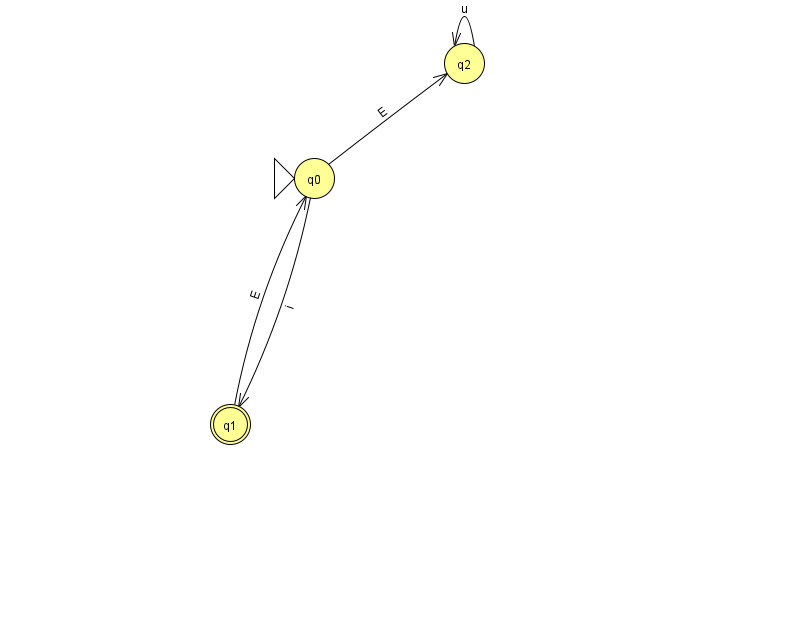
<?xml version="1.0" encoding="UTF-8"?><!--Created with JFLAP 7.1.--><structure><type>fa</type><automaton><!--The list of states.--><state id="0" name="q0"><x>314.0</x><y>165.0</y><initial/></state><state id="1" name="q1"><x>230.0</x><y>411.0</y><final/></state><state id="2" name="q2"><x>464.0</x><y>50.0</y></state><!--The list of transitions.--><transition><from>0</from><to>1</to><read>i</read></transition><transition><from>2</from><to>2</to><read>u</read></transition><transition><from>0</from><to>2</to><read>E</read></transition><transition><from>1</from><to>0</to><read>E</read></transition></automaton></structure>